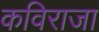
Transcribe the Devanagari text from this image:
कविराजा